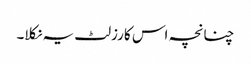
چنانچہ اس کا رزلٹ یہ نکلا۔